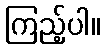
ကြည့်ပါ။